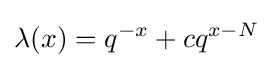
\lambda (x)=q^{-x}+cq^{x-N}